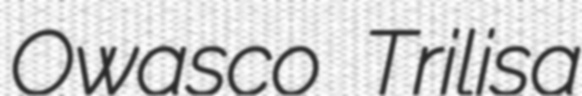
Owasco Trilisa